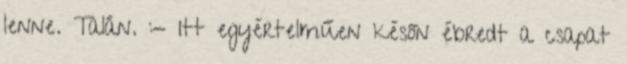
lenne. Talán. :- Itt egyértelműen későn ébredt a csapat